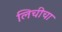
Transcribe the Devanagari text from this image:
लिचीचा